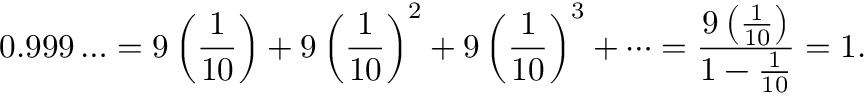
0 . 9 9 9 \ldots = 9 \left( { \frac { 1 } { 1 0 } } \right) + 9 \left( { \frac { 1 } { 1 0 } } \right) ^ { 2 } + 9 \left( { \frac { 1 } { 1 0 } } \right) ^ { 3 } + \cdots = { \frac { 9 \left( { \frac { 1 } { 1 0 } } \right) } { 1 - { \frac { 1 } { 1 0 } } } } = 1 .